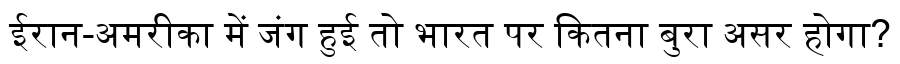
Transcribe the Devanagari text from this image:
ईरान-अमरीका में जंग हुई तो भारत पर कितना बुरा असर होगा?